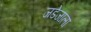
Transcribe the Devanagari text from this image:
जडेजाला